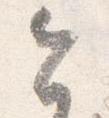
今